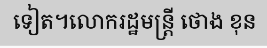
ទៀត។លោករដ្ឋមន្ត្រី ថោង ខុន